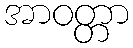
အာဝတ္တာ